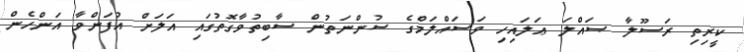
ކީރިތި ރަސޫލާ ޞައްލަ ޢަލައިހި ވަސައްލަމްގެ ސުންނަތުން ސާބިތުވާގޮތުގައި އަލަށް އުފަންވާ އަންހެން